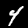
Label: 4